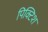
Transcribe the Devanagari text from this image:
पिक्टिश